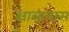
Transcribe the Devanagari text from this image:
क्षात्रावास